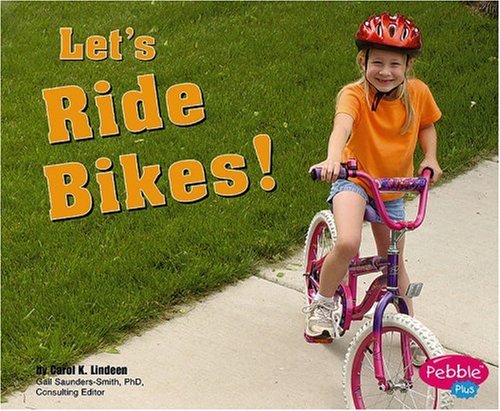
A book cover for Let's Ride Bikes! (Sports and Activities); Carol K. Lindeen; Children's Books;